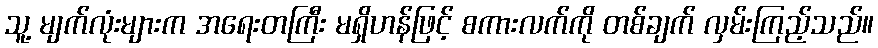
သူ့ မျက်လုံးများက အရေးတကြီး မရှိဟန်ဖြင့် စကားလက်ကို တစ်ချက် လှမ်းကြည့်သည်။